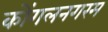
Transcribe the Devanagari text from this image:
कोंगलनगरम